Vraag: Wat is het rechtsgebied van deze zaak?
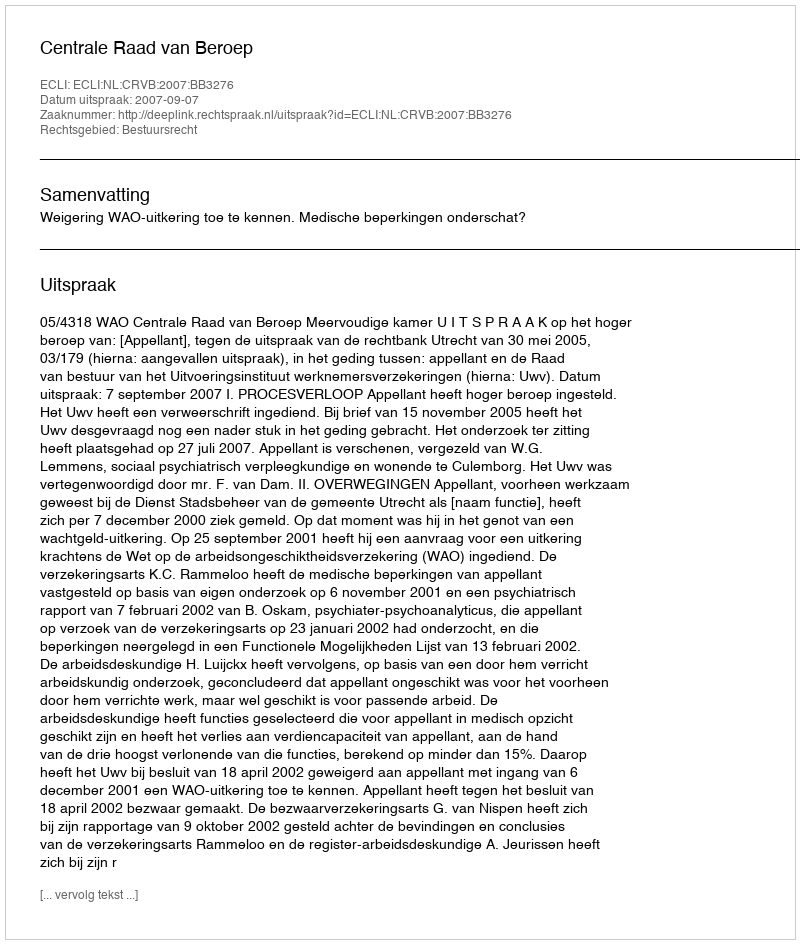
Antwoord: Bestuursrecht